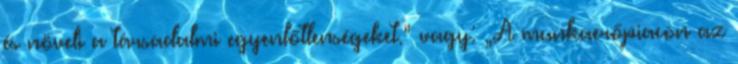
és növeli a társadalmi egyenlőtlenségeket.” vagy: „A munkaerőpiacon az